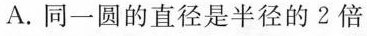
A.同一圆的直径是半径的2倍B